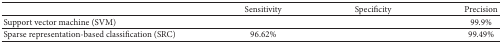
<table><thead><tr><td>[EMPTY_CELL]</td><td><b>Sensitivity</b></td><td><b>Specificity</b></td><td><b>Precision</b></td></tr></thead><tbody><tr><td>Support vector machine (SVM)</td><td>[EMPTY_CELL]</td><td>[EMPTY_CELL]</td><td>99.9%</td></tr><tr><td>Sparse representation-based classification (SRC)</td><td>96.62%</td><td>[EMPTY_CELL]</td><td>99.49%</td></tr></tbody></table>